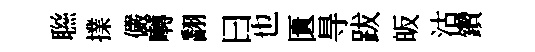
聮擈儼囀翻曰也匱㝵跋皈沽鑽